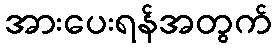
အားပေးရန်အတွက်